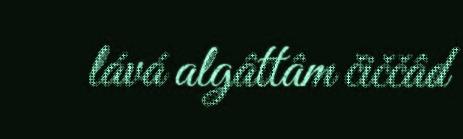
lává algâttâm čiččâd